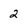
Character: 2